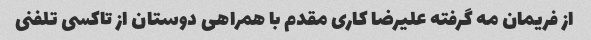
از فریمان مه گرفته علیرضا کاری مقدم با همراهی دوستان از تاکسی تلفنی